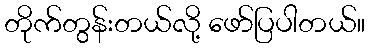
တိုက်တွန်းတယ်လို့ ဖော်ပြပါတယ်။